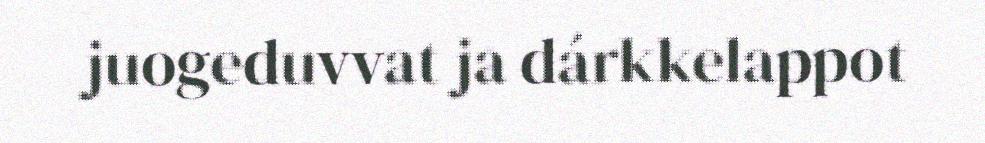
juogeduvvat ja dárkkelappot